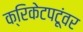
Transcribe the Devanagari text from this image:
क्रिकेटपटूंवर